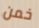
خمن